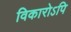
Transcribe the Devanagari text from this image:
विकारोऽपि